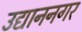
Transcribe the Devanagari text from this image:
उद्याननगर